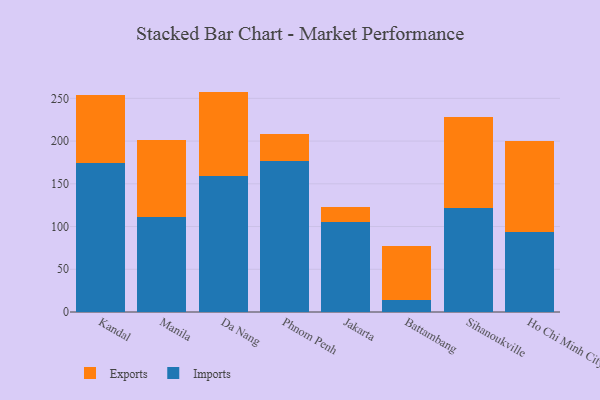
{"axis": {"x": "City", "y": "Demand Index"}, "legend": ["Exports", "Imports"], "data": [{"x": "Kandal", "y": 173.8, "type": "Imports"}, {"x": "Kandal", "y": 79.8, "type": "Exports"}, {"x": "Manila", "y": 111.2, "type": "Imports"}, {"x": "Manila", "y": 89.9, "type": "Exports"}, {"x": "Da Nang", "y": 158.9, "type": "Imports"}, {"x": "Da Nang", "y": 99.0, "type": "Exports"}, {"x": "Phnom Penh", "y": 176.9, "type": "Imports"}, {"x": "Phnom Penh", "y": 31.7, "type": "Exports"}, {"x": "Jakarta", "y": 105.3, "type": "Imports"}, {"x": "Jakarta", "y": 17.6, "type": "Exports"}, {"x": "Battambang", "y": 14.1, "type": "Imports"}, {"x": "Battambang", "y": 62.7, "type": "Exports"}, {"x": "Sihanoukville", "y": 121.9, "type": "Imports"}, {"x": "Sihanoukville", "y": 106.2, "type": "Exports"}, {"x": "Ho Chi Minh City", "y": 93.1, "type": "Imports"}, {"x": "Ho Chi Minh City", "y": 106.8, "type": "Exports"}]}